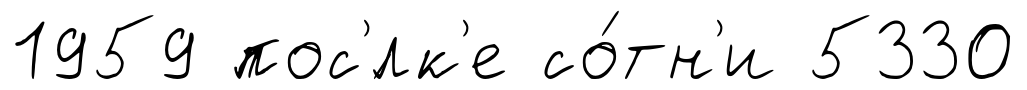
1959 пос'́лк'е со́тн'и 5330